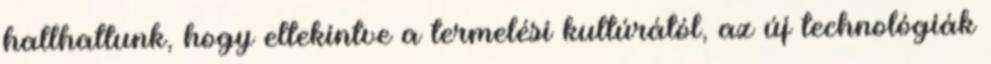
hallhattunk, hogy eltekintve a termelési kultúrától, az új technológiák